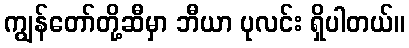
ကျွန်တော်တို့ဆီမှာ ဘီယာ ပုလင်း ရှိပါတယ်။